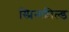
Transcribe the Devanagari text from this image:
स्प्रिन्ग्फ़ील्ड